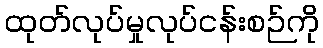
ထုတ်လုပ်မှုလုပ်ငန်းစဉ်ကို